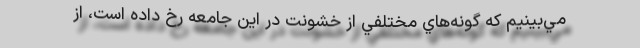
مي‌بينيم كه گونه‌هاي مختلفي از خشونت در اين جامعه رخ داده است، از